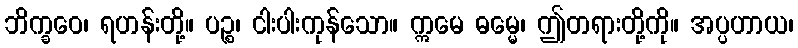
ဘိက္ခဝေ၊ ရဟန်းတို့။ ပဉ္စ၊ ငါးပါးကုန်သော။ ဣမေ ဓမ္မေ၊ ဤတရားတို့ကို။ အပ္ပဟာယ၊